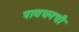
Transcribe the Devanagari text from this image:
पायथनची